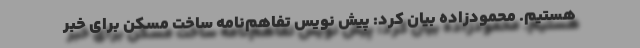
هستیم. محمودزاده بیان کرد: پیش نویس تفاهم‌نامه ساخت مسکن برای خبر